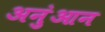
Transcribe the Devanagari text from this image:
अनुंआन